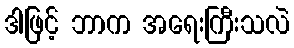
ဒါဖြင့် ဘာက အရေးကြီးသလဲ